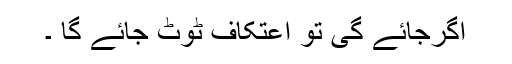
اگرجائے گی تو اِعْتِکاف ٹوٹ جائے گا ۔